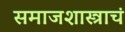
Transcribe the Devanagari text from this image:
समाजशास्त्राचं